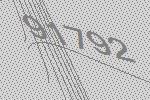
91792